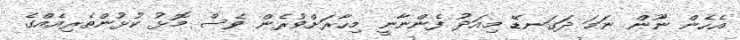
އެހެން ނޫން ނަމަ ދަގަނޑޭ މިއަދު ފެންނާނީ މިހާރަށްވުރެން ވެސް މޮޅު ކުޅުންތެރިއެއްގެ